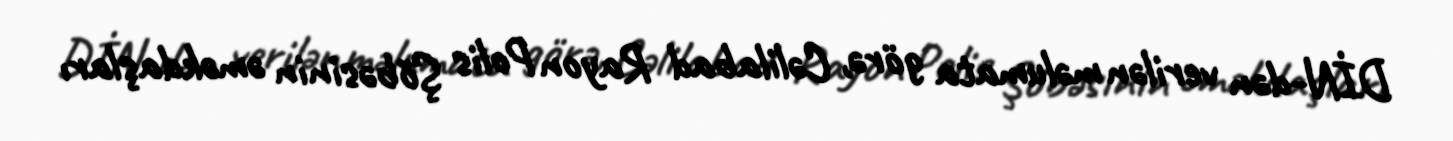
DİN-dən verilən məlumata görə, Cəlilabad Rayon Polis Şöbəsinin əməkdaşları